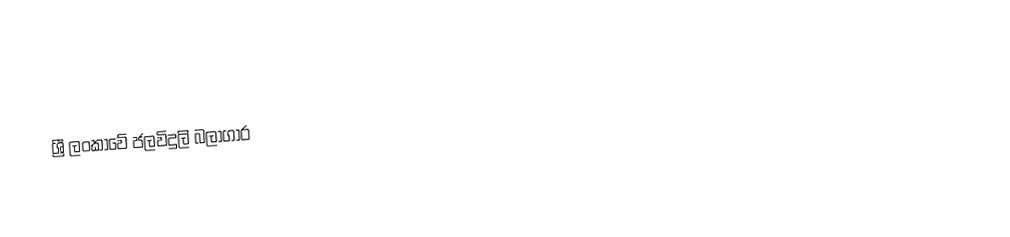
ශ්‍රී ලංකාවේ ජලවිදුලි බලාගාර